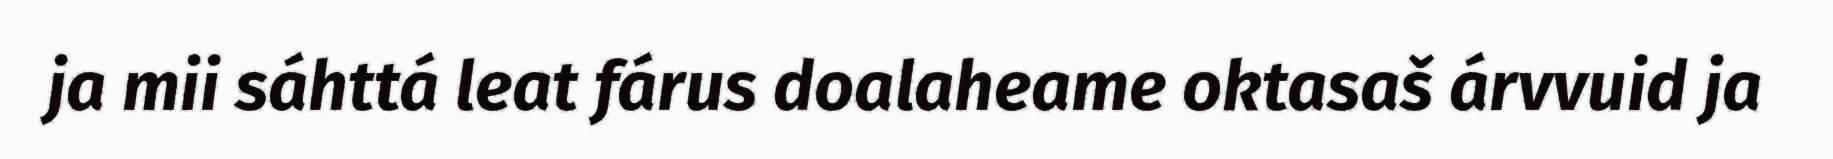
ja mii sáhttá leat fárus doalaheame oktasaš árvvuid ja